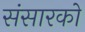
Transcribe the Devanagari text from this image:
संसारको